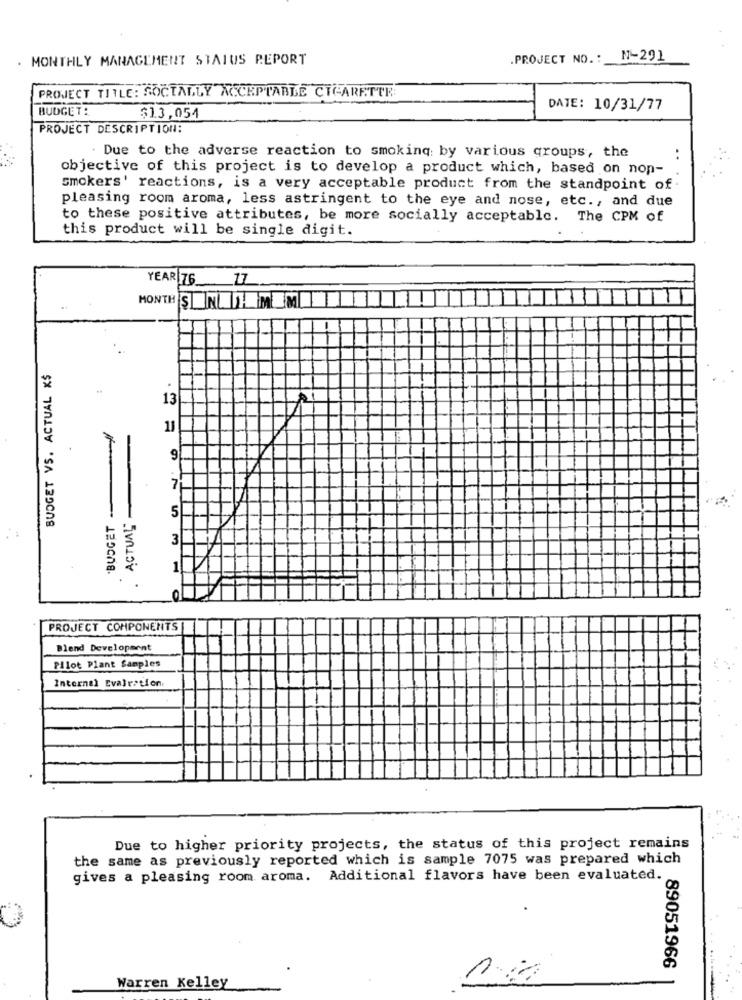
. MONTHLY MANAGEMENT STATUS REPORT
.PROJECT NO .: N-291
PROJECT TITLE: SOCTALLY ACCEPTABLE CIGARETTR
BUDGET:
DATE: 10/31/77
$13,054
PROJECT DESCRIPTION:
. Due to the adverse reaction to smoking by various groups, the
..
objective of this project is to develop a product which, based on non-
Smokers' reactions, is a very acceptable product from the standpoint of
pleasing room aroma, less astringent to the eye and nose, etc ., and due
to these positive attributes, be more socially acceptable. The CPM of
this product will be single digit.
YEAR 76 17
MONTH SN-MEMIND
II
BUDGET VS. ACTUAL K$
13
7
5
.BUDGET
ACTUAL
9.75
3
1
PROJECT COMPONENTS
Blend Development
Pilot Plant Samples
Internal Evalration.
Due to higher priority projects, the status of this project remains
the same as previously reported which is sample 7075 was prepared which
gives a pleasing room aroma. Additional flavors have been evaluated.
89051966
Warren Kelley